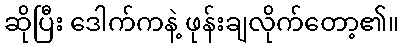
ဆိုပြီး ဒေါက်ကနဲ့ ဖုန်းချလိုက်တော့၏။